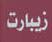
زيبارت